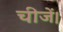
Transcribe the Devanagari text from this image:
चीजें।